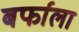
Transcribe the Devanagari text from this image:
बर्फाला